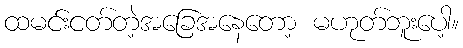
ထမင်းငတ်တဲ့အခြေအနေတော့ မဟုတ်ဘူးပေါ့။